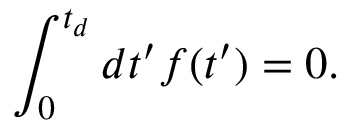
\int _ { 0 } ^ { t _ { d } } d t ^ { \prime } f ( t ^ { \prime } ) = 0 .